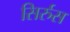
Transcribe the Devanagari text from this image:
सिर्रुस